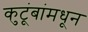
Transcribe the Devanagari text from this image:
कुटूंबांमधून